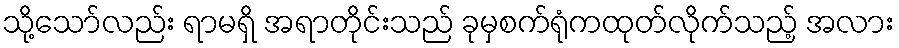
သို့သော်လည်း ရာမရှိ အရာတိုင်းသည် ခုမှစက်ရုံကထုတ်လိုက်သည့် အလား